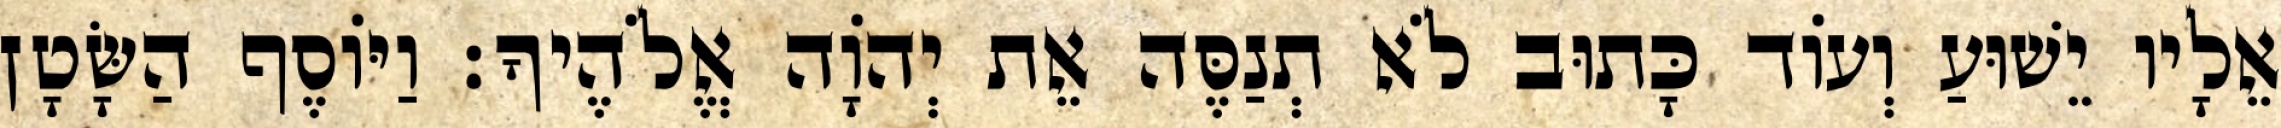
אֵלָיו יֵשׁוּעַ וְעוֹד כָּתוּב לֹא תְנַסֶּה אֵת יְהוָֹה אֱלֹהֶיךָ׃ וַיּוֹסֶף הַשָּׂטָן